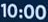
10:00